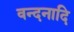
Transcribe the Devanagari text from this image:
वन्दनादि